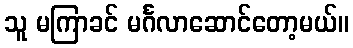
သူ မကြာခင် မင်္ဂလာဆောင်တော့မယ်။